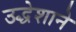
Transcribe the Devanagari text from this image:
उद्धेशाने